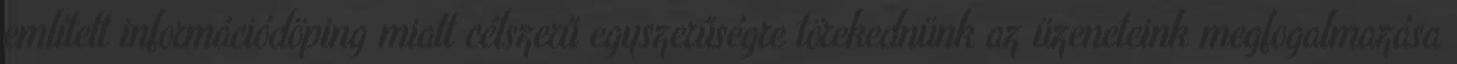
említett információdöping miatt célszerű egyszerűségre törekednünk az üzeneteink megfogalmazása